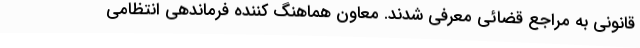
قانونی به مراجع قضائی معرفی شدند. معاون هماهنگ کننده فرماندهی انتظامی